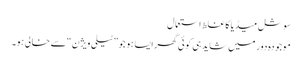
سوشل میڈیا کا غلط استعمال
موجودہ دور میں شاید ہی کوئی گھر ایسا ہو جو ”ٹیلی ویژن“ سے خالی ہو۔